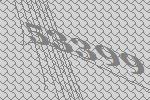
53399